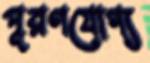
পূরণযোগ্য